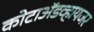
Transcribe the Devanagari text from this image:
कोटाॲडव्हायजर